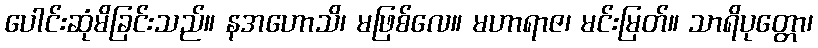
ပေါင်းဆုံမိခြင်းသည်။ နအဟောသိ၊ မဖြစ်လေ။ မဟာရာဇ၊ မင်းမြတ်။ သာရိပုတ္တော၊